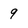
Character: 9